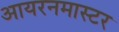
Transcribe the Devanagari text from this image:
आयरनमास्टर